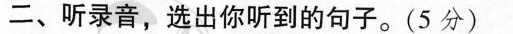
二、听录音,选出你听到的句子。(5 分)